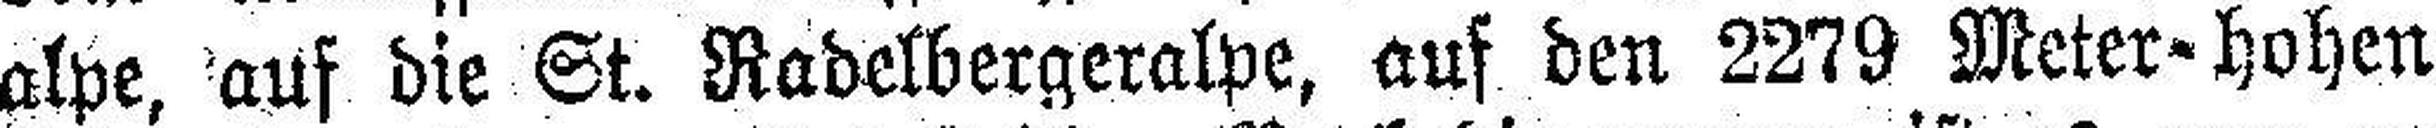
alpe, auf die St. Radelbergeralpe, auf den 2279 Meter-hohen